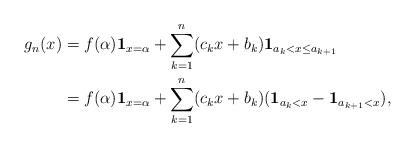
LaTeX: \begin{align*}g_n(x) &= f(\alpha)\textbf{1}_{x=\alpha} + \sum_{k=1}^n (c_kx + b_k)\textbf{1}_{a_k < x \leq a_{k+1}}\\&= f(\alpha)\textbf{1}_{x=\alpha}+\sum_{k=1}^n (c_kx + b_k)(\textbf{1}_{a_k < x}-\textbf{1}_{a_{k+1}<x}),\end{align*}